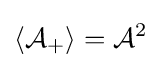
\langle {\mathcal {A}}_{+}\rangle ={\mathcal {A}}^{2}